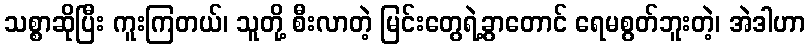
သစ္စာဆိုပြီး ကူးကြတယ်၊ သူတို့ စီးလာတဲ့ မြင်းတွေရဲ့ခွာတောင် ရေမစွတ်ဘူးတဲ့၊ အဲဒါဟာ